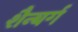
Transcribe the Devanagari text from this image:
शैन्बर्ग